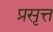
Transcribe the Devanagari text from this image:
प्रसृत्त